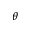
\theta